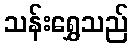
သန်းရွှေသည်